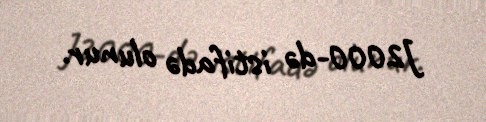
J2000-də istifadə olunur.